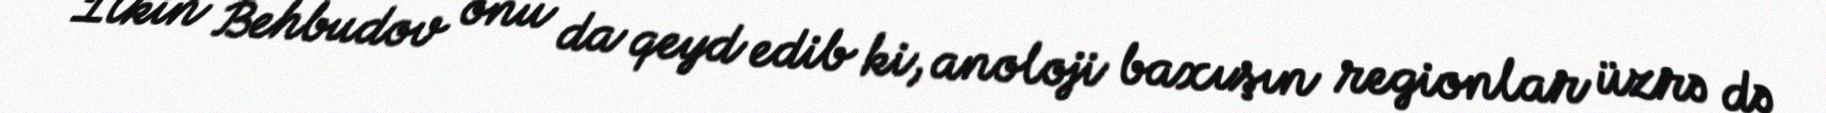
İlkin Behbudov onu da qeyd edib ki, anoloji baxışın regionlar üzrə də